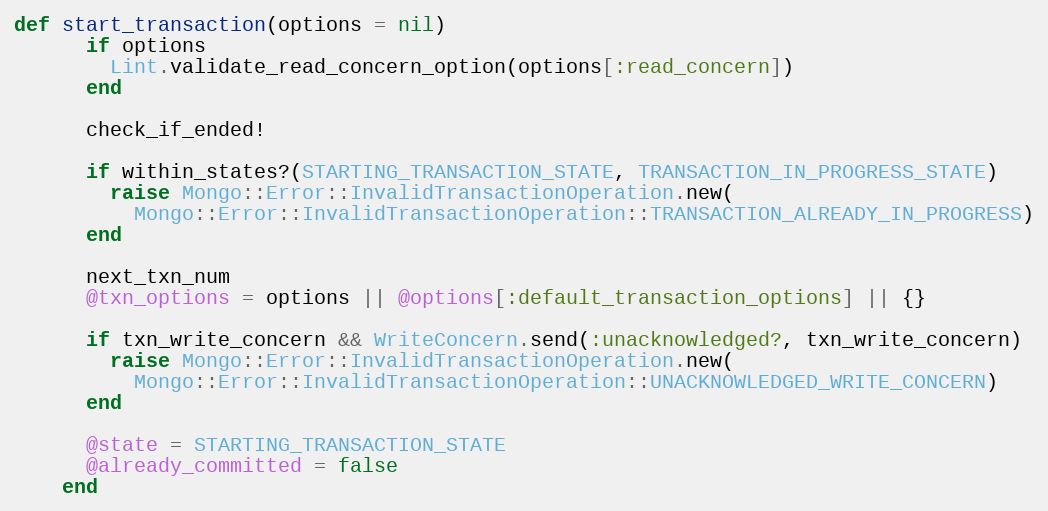
Language: Ruby
def start_transaction(options = nil)
      if options
        Lint.validate_read_concern_option(options[:read_concern])
      end

      check_if_ended!

      if within_states?(STARTING_TRANSACTION_STATE, TRANSACTION_IN_PROGRESS_STATE)
        raise Mongo::Error::InvalidTransactionOperation.new(
          Mongo::Error::InvalidTransactionOperation::TRANSACTION_ALREADY_IN_PROGRESS)
      end

      next_txn_num
      @txn_options = options || @options[:default_transaction_options] || {}

      if txn_write_concern && WriteConcern.send(:unacknowledged?, txn_write_concern)
        raise Mongo::Error::InvalidTransactionOperation.new(
          Mongo::Error::InvalidTransactionOperation::UNACKNOWLEDGED_WRITE_CONCERN)
      end

      @state = STARTING_TRANSACTION_STATE
      @already_committed = false
    end